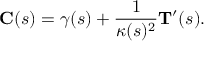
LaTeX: \mathbf { C } ( s ) = { \boldsymbol { \gamma } } ( s ) + { \frac { 1 } { \kappa ( s ) ^ { 2 } } } \mathbf { T } ^ { \prime } ( s ) .